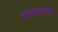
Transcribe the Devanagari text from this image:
मेटाबाइसल्फेट